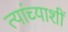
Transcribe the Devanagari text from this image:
त्यांच्याशीं